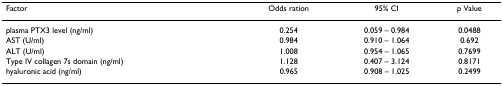
<table><thead><tr><td><b>Factor</b></td><td><b>Odds ration</b></td><td><b>95% CI</b></td><td><b>p Value</b></td></tr></thead><tbody><tr><td>plasma PTX3 level (ng/ml)</td><td>0.254</td><td>0.059 – 0.984</td><td>0.0488</td></tr><tr><td>AST (U/ml)</td><td>0.984</td><td>0.910 – 1.064</td><td>0.692</td></tr><tr><td>ALT (U/ml)</td><td>1.008</td><td>0.954 – 1.065</td><td>0.7699</td></tr><tr><td>Type IV collagen 7s domain (ng/ml)</td><td>1.128</td><td>0.407 – 3.124</td><td>0.8171</td></tr><tr><td>hyaluronic acid (ng/ml)</td><td>0.965</td><td>0.908 – 1.025</td><td>0.2499</td></tr></tbody></table>